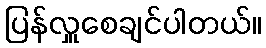
ပြန်လှူစေချင်ပါတယ်။